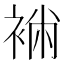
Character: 䘷